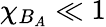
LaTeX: \chi_{B_{A}}\ll 1